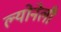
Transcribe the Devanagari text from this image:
ल्योनेली